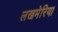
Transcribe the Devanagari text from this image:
लखमेरिया